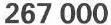
267 000